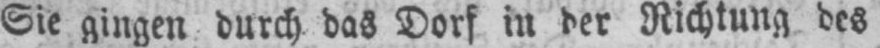
Sie gingen durch das Dorf in der Richtung des